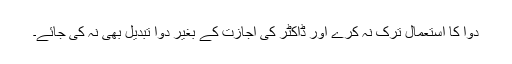
دوا کا استعمال ترک نہ کرے اور ڈاکٹر کی اجازت کے بغیر دوا تبدیل بھی نہ کی جائے۔